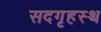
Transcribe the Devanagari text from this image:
सदगृहस्थ